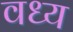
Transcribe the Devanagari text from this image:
वध्य